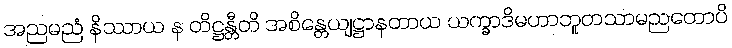
အညမညံ နိဿာယ န တိဋ္ဌန္တီတိ အစိန္တေယျဋ္ဌာနတာယ ယက္ခာဒိမဟာဘူတသာမညတောပိ